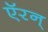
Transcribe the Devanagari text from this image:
ऍरन्